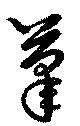
筆